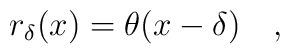
r_\delta(x) = \theta(x-\delta) \quad ,